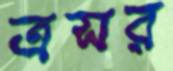
ত্রসর